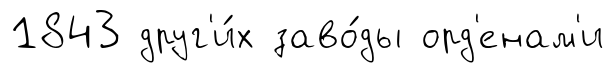
1843 друг'и́х заво́ды орд'енам'и